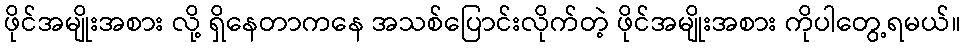
ဖိုင်အမျိုးအစား လို့ ရှိနေတာကနေ အသစ်ပြောင်းလိုက်တဲ့ ဖိုင်အမျိုးအစား ကိုပါတွေ့ရမယ်။